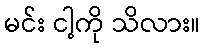
မင်း ငါ့ကို သိလား။